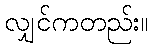
လျှင်ကတည်း။